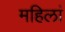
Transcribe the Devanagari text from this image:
महिलां